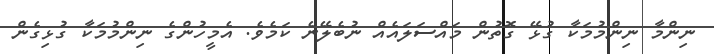
ނިންމާ ނިންމުމަކާ ގުޅޭ ގޮތުން މައްސަލައެއް ނުބެލޭނެ ކަމެވެ. އެމީހުންގެ ނިންމުމަކާ ގުޅިގެން